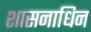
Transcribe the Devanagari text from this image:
शासनाधिन